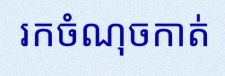
រកចំណុចកាត់